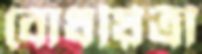
বোধয়িত্রী